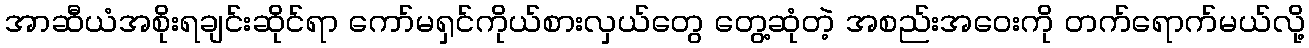
အာဆီယံအစိုးရချင်းဆိုင်ရာ ကော်မရှင်ကိုယ်စားလှယ်တွေ တွေ့ဆုံတဲ့ အစည်းအဝေးကို တက်ရောက်မယ်လို့